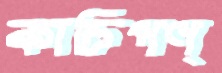
কাচিপণ্